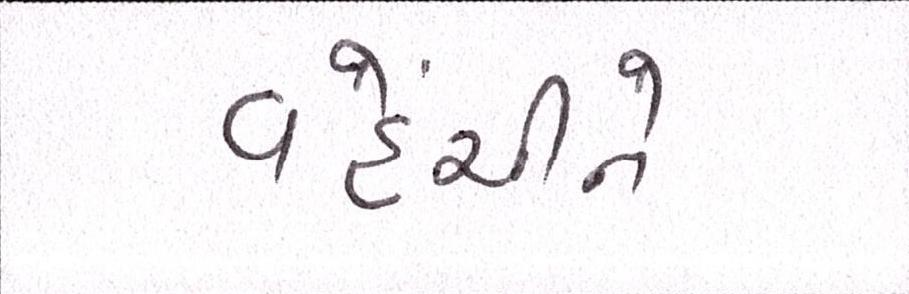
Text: વહેંચીને